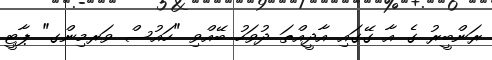
ރަންބީރު ގެ އާ ގޭގައި އާދީއްތަ ދުވަހު ބޭއްވި "ހައުސް ވަރމިންގ" ޕާޓީ